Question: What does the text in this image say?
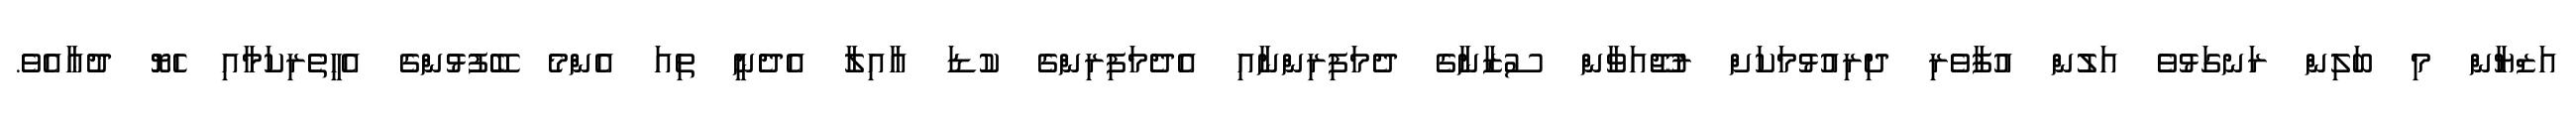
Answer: އަޒްޔާން މި ބަލިން ރަނގަޅުވެ އަލުން އުފާވެރި ދިރިއުޅުމަކަށް ރުޖޫއަވާން ސުޒާނާގެ ދެމަފިރިންނާއި އެދެމަފިރިންގެ ކުޑަ އާއިލާ އެދެނީ ތިއަ އެންމެ ބޭފުޅުންގެ އެހީތެރިކަމާއި ހެޔޮ ދުޢާއެވެ.